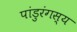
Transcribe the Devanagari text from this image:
पांडुरंगस्य